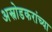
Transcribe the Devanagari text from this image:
अस्नोडकरांच्या